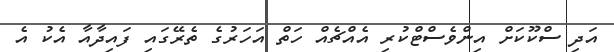
އަދި ސްކޫކަށް އިންވެސްޓްކުރި އެއްޗެއް ހަތް އަހަރުގެ ތެރޭގައި ފައިދާއާ އެކު އެ